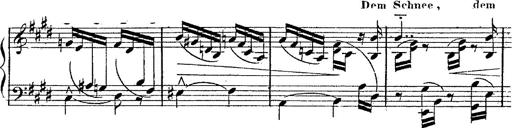
Title: 12 Lieder von Franz Schubert
Composer: Franz Liszt